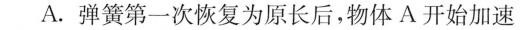
A.弹簧第一次恢复为原长后，物体A开始加速